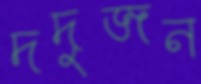
দদুজন